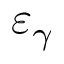
\varepsilon _ { \gamma }